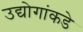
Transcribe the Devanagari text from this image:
उद्योगांकडे